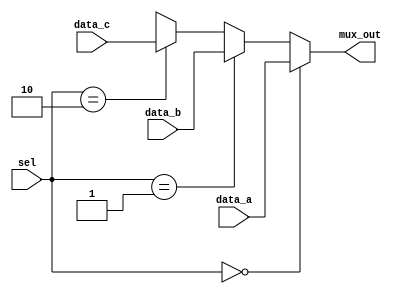
module Multiplexer_3ch (mux_out, data_a, data_b, data_c, sel);
  parameter 	word_size = 8;
  output 		[word_size-1: 0]	 mux_out;
  input 		[word_size-1: 0] 	data_a, data_b, data_c;
  input 		[1: 0] sel;

  assign  mux_out = (sel == 0) ? data_a: (sel == 1) ? data_b : (sel == 2) ? data_c: 'bx;
  
endmodule